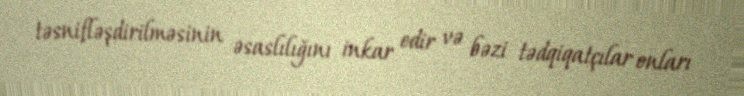
təsnifləşdirilməsinin əsaslılığını inkar edir və bəzi tədqiqatçılar onları